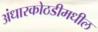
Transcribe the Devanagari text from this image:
अंधारकोठडीमधील